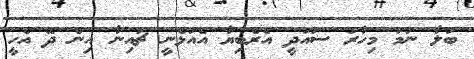
ބަލާ ނަމަ މިހާރު ސައުދީ އެރެބިޔާ އެއުޅެނީ ޗައިނާ އިން ދޭ އެހީ